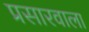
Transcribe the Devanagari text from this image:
प्रसारवाला